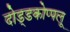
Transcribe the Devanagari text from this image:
दोड्डकोप्पलू